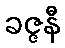
ခဇ္ဇနီ